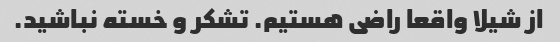
از شیلا واقعا راضی هستیم. تشکر و خسته نباشید.